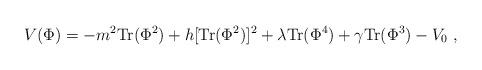
LaTeX: \begin{align*}V(\Phi ) = -m^2 {\rm Tr} (\Phi^2) + h [{\rm Tr} (\Phi^2)]^2 + \lambda {\rm Tr} (\Phi^4) + \gamma {\rm Tr} (\Phi^3) - V_0\ ,\end{align*}